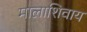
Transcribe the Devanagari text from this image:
मालाशिवाय